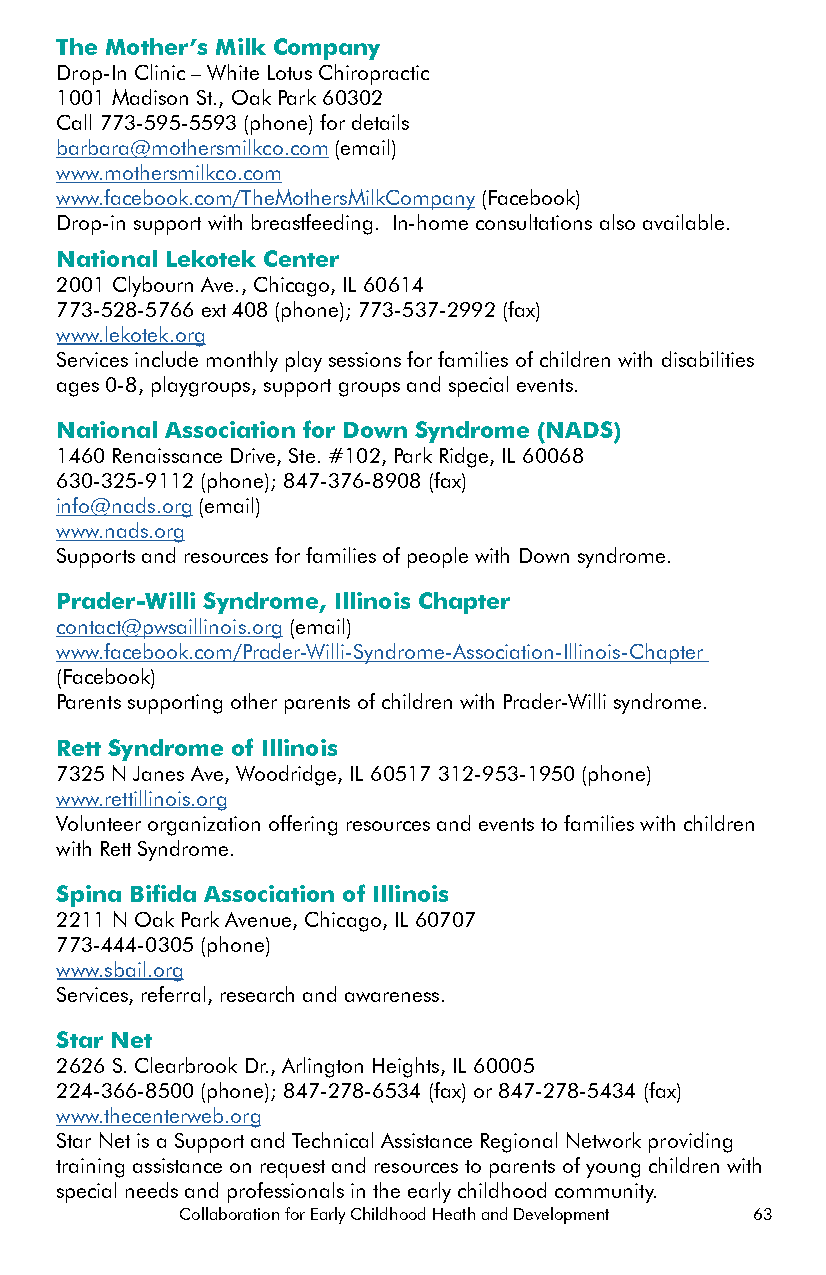
The Mother’s Milk Company
 Drop-In Clinic – White Lotus Chiropractic
 1001 Madison St., Oak Park 60302
 Call 773-595-5593 (phone) for details
 barbara@mothersmilkco.com (email)
 www.mothersmilkco.com
 www.facebook.com/TheMothersMilkCompany (Facebook)
 Drop-in support with breastfeeding. In-home consultations also available.
 National Lekotek Center
 2001 Clybourn Ave., Chicago, IL 60614
 773-528-5766 ext 408 (phone); 773-537-2992 (fax)
 www.lekotek.org
 Services include monthly play sessions for families of children with disabilities
 ages 0-8, playgroups, support groups and special events.
 National Association for Down Syndrome (NADS)
 1460 Renaissance Drive, Ste. #102, Park Ridge, IL 60068
 630-325-9112 (phone); 847-376-8908 (fax)
 info@nads.org (email)
 www.nads.org
 Supports and resources for families of people with Down syndrome.
 Prader-Willi Syndrome, Illinois Chapter
 contact@pwsaillinois.org (email)
 www.facebook.com/Prader-Willi-Syndrome-Association-Illinois-Chapter
 (Facebook)
 Parents supporting other parents of children with Prader-Willi syndrome.
 Rett Syndrome of Illinois
 7325 N Janes Ave, Woodridge, IL 60517 312-953-1950 (phone)
 www.rettillinois.org
 Volunteer organization offering resources and events to families with children
 with Rett Syndrome.
 Spina Bifida Association of Illinois
 2211 N Oak Park Avenue, Chicago, IL 60707
 773-444-0305 (phone)
 www.sbail.org
 Services, referral, research and awareness.
 Star Net
 2626 S. Clearbrook Dr., Arlington Heights, IL 60005
 224-366-8500 (phone); 847-278-6534 (fax) or 847-278-5434 (fax)
 www.thecenterweb.org
 Star Net is a Support and Technical Assistance Regional Network providing
 training assistance on request and resources to parents of young children with
 special needs and professionals in the early childhood community.
 Collaboration for Early Childhood Heath and Development 63